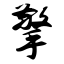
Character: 擎